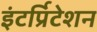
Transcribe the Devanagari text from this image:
इंटर्प्रिटेशन